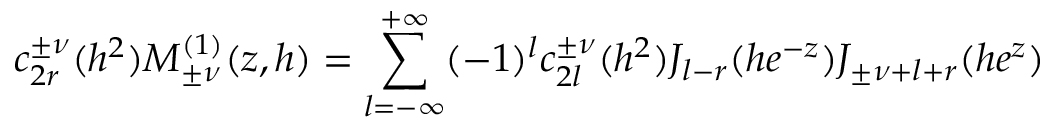
c _ { 2 r } ^ { \pm \nu } ( h ^ { 2 } ) M _ { \pm \nu } ^ { ( 1 ) } ( z , h ) = \sum _ { l = - \infty } ^ { + \infty } ( - 1 ) ^ { l } c _ { 2 l } ^ { \pm \nu } ( h ^ { 2 } ) J _ { l - r } ( h e ^ { - z } ) J _ { \pm \nu + l + r } ( h e ^ { z } )